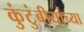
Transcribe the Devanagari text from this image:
कुंटुंबीयांच्या